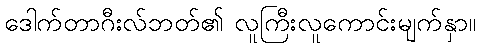
ဒေါက်တာဂီးလ်ဘတ်၏ လူကြီးလူကောင်းမျက်နှာ။